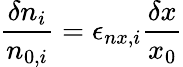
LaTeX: \frac{\delta n_{i}}{n_{0,i}}=\epsilon_{nx,i}\frac{\delta x}{x_{0}}